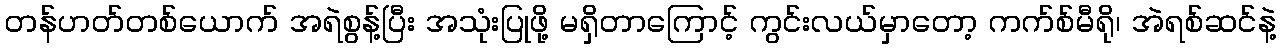
တန်ဟတ်တစ်ယောက် အရဲစွန့်ပြီး အသုံးပြုဖို့ မရှိတာကြောင့် ကွင်းလယ်မှာတော့ ကက်စ်မီရို၊ အဲရစ်ဆင်နဲ့